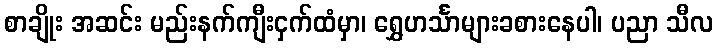
စာချိုး အဆင်း မည်းနက်ကျီးငှက်ထံမှာ၊ ရွှေဟင်္သာများခစားနေပါ၊ ပညာ သီလ